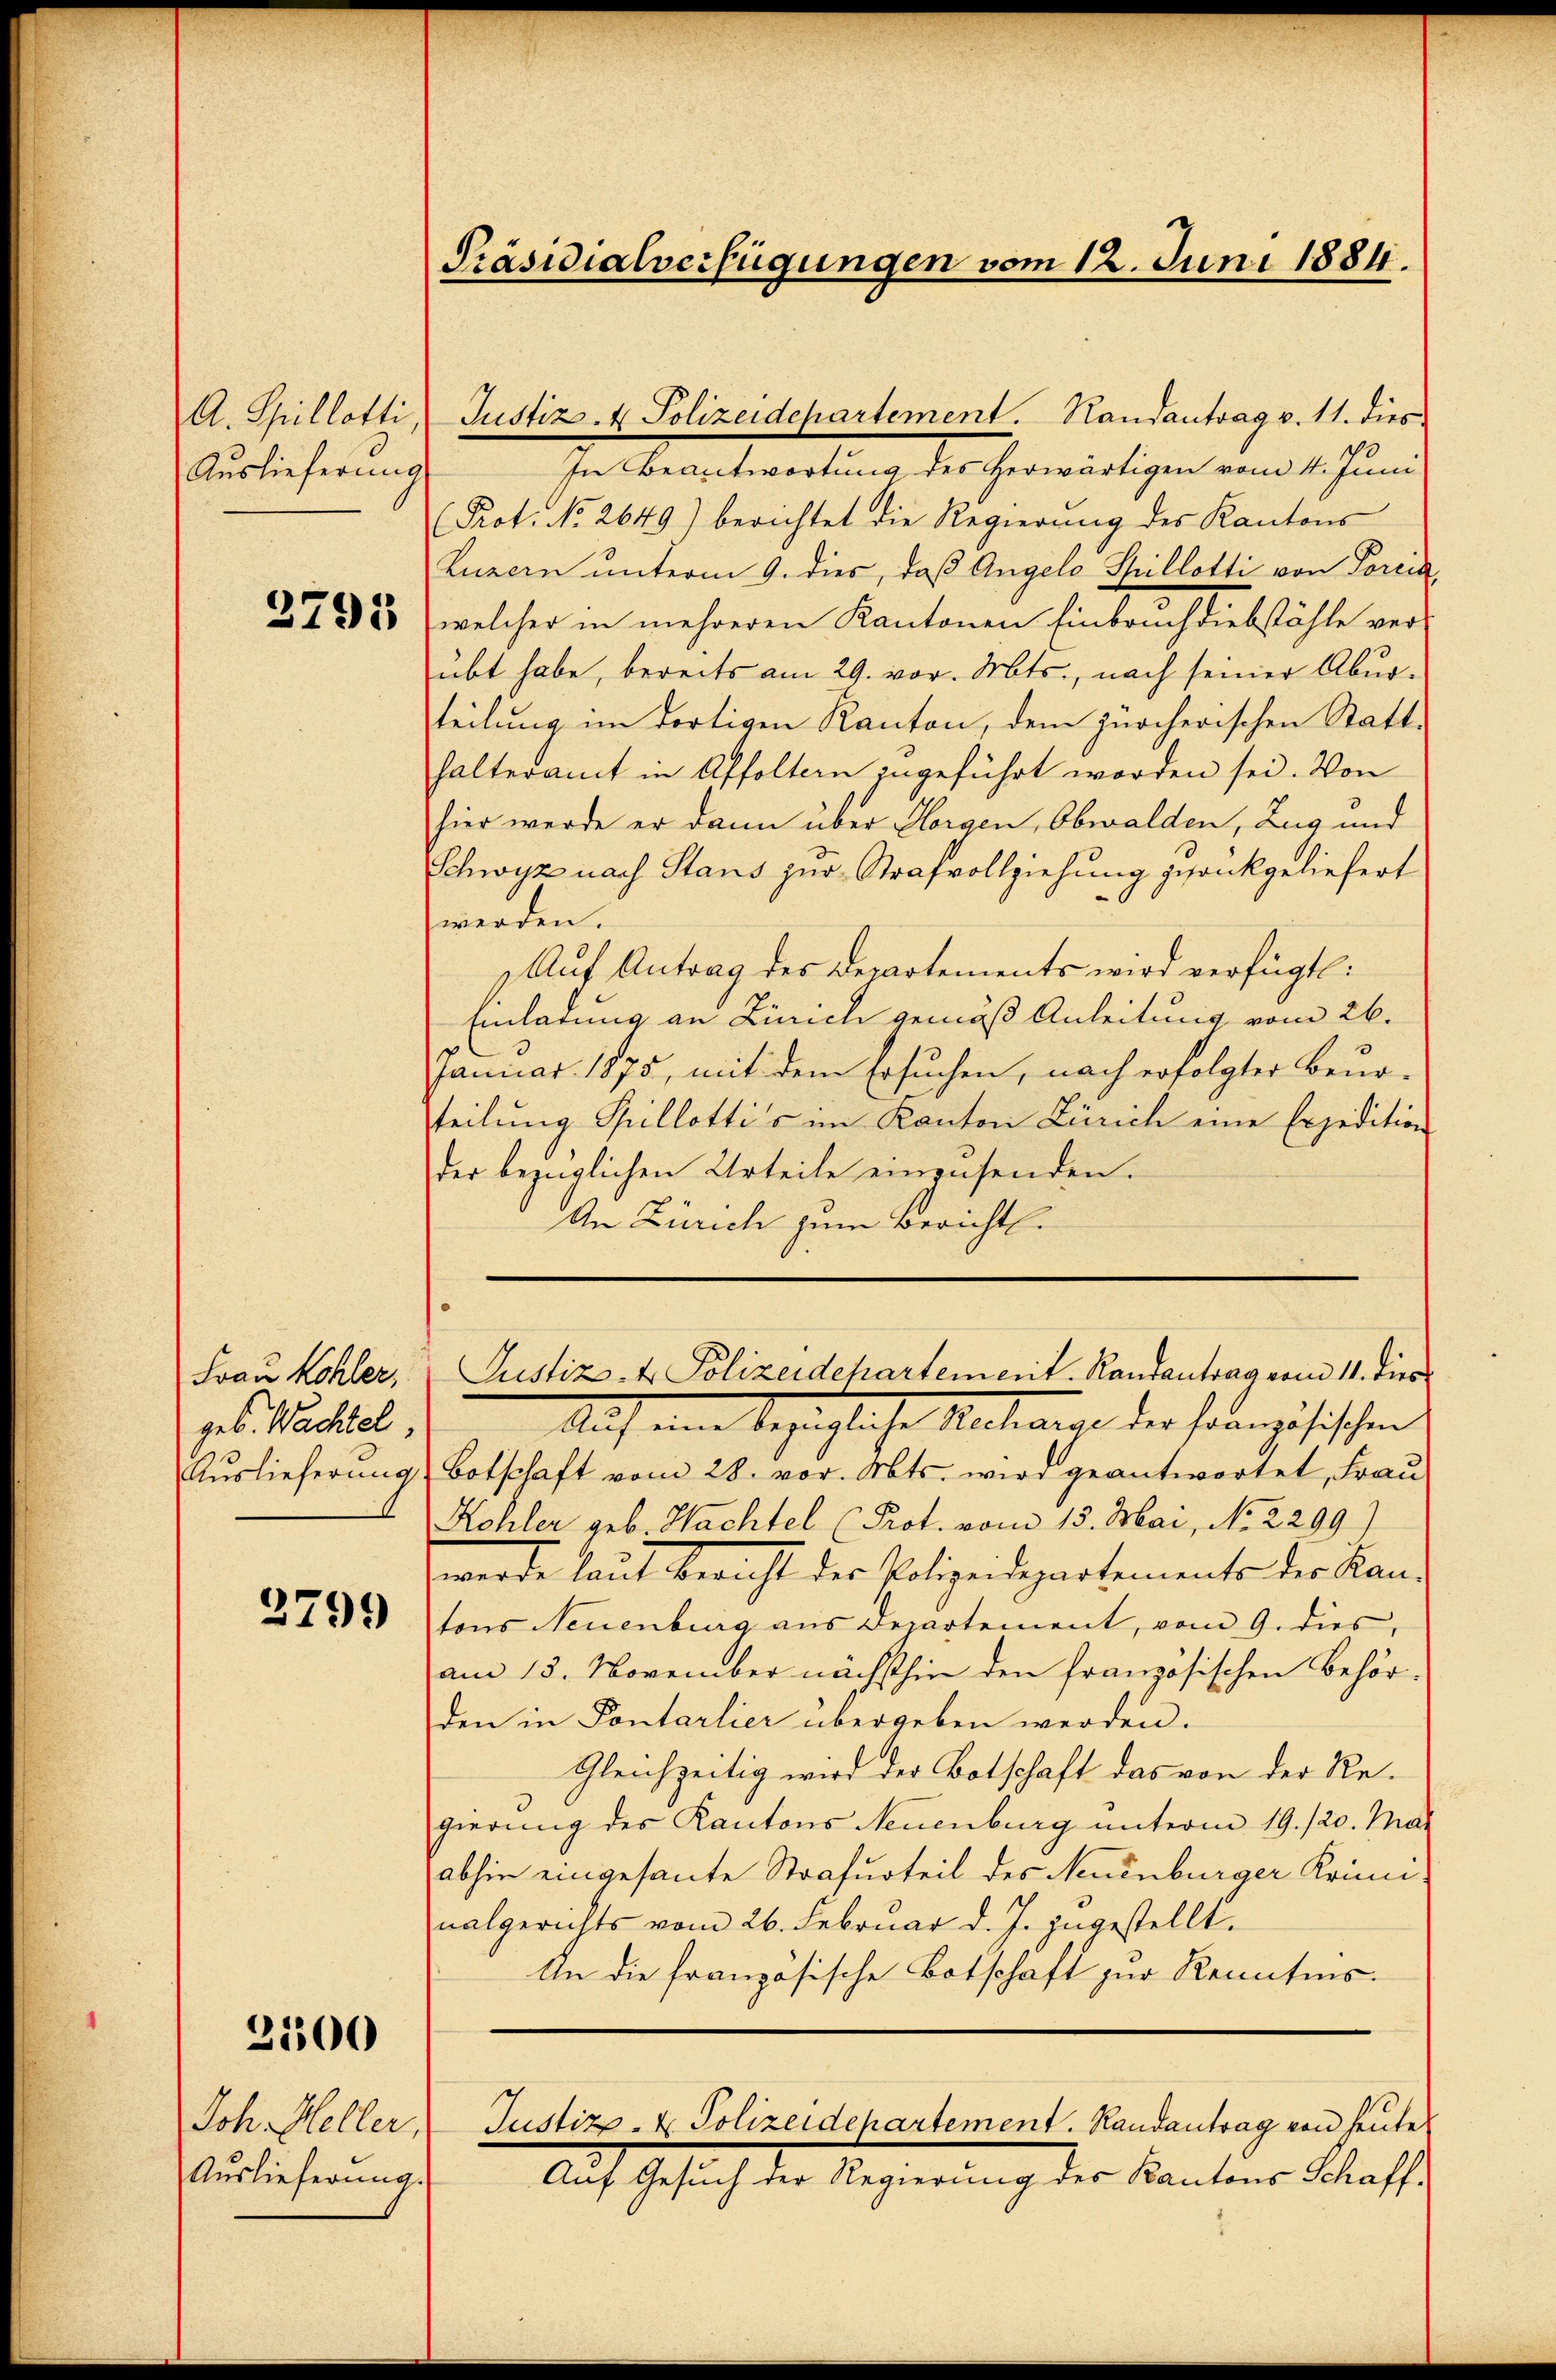
Auslieferung

ges. Wächtel,

3799

2100

Joh Heller,
Auslieferung.

Präsidialverfügungen vom 12. Juni 1884.

In Beantwortung des herwärtigen vom 4. Juni
(Prot. No 2649) berichtet die Regierung des Kantons
Luzern unterm 9. dies, daß Angelo Spillotti von Poreck,
2738, welcher in mehreren Kantonen Einbruch diebstähle verübt habe, bereits am 29. vor. Mts., nach seiner Aburteilung im dortigen Kanton, dem zürcherischen Statt-
halteramt in Affoltern ingeführt worden sei. Von
hier werde er dann über Horgen, Obwalden, Zug und
Schwyz nach Stans zur Strafvollziehung gesankgeliefert
werden.
1. Auf Antrag des Departements wird verfügt:
Einladung an Zürich gemäß Anleitung vom 26.
Januar 1875, mit dem Ersuchen, nach erfolgter Beurteilung Spillottis im Kanton Zürich eine Expedition
der bezüglichen Urteile einensenden.
An Zürich zum Bericht.

A. Gillotti, Justiz- & Polizeidepartement.   Randantrag v. 11. dies

Frau Kohler, Justiz- & Polizeidepartement. Randantrag vom 11. dies

Auf ein bezügliche Rechange der französischen
Aŭslieferŭng Botschaft vom 28. vor. Mts. wird geantwortet, Fraŭ
Kohler geb. Nachtel (Prot. vom 15. Mai, No. 2299)
werde laut Bericht der Polizeidepartements der Kantons Neuenburg aus Departement, vom 9. dies,
am 13. November nächsthin den französischen Behör-
den in Pontarlier übergeben werden.
Gleichzeitig wird der Botschaft das von der Regierung des Kantons Neuenburg unterm 19. 120. Mai
abhin eingesante Strafurteil des Neuenburger Krimi-
nalgerichts vom 26. Februar d. J. zugestellt.
An die französische Botschaft zur Kenntnis.
Justiz- & Polizeidepartement. Randantrag von heute
Auf Gesuch der Regierung des Kantons Schaff-